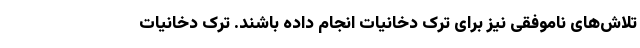
تلاش‌های ناموفقی نیز برای ترک دخانیات انجام داده باشند. ترک دخانیات